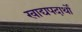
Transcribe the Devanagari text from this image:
खाद्यपदार्थो